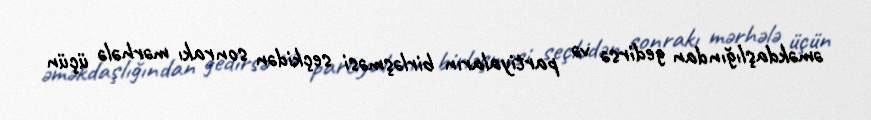
əməkdaşlığından gedirsə və partiyaların birləşməsi seçkidən sonrakı mərhələ üçün